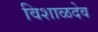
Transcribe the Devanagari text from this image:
विशाळदेव